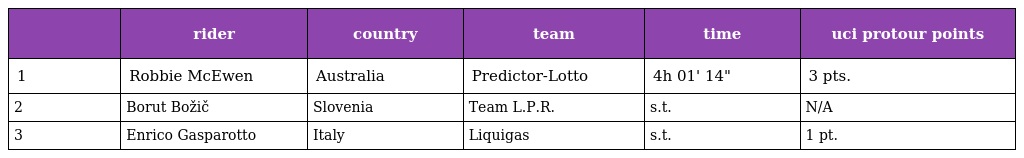
|  | rider | country | team | time | uci protour points |
 | --- | --- | --- | --- | --- | --- |
 | 1 | Robbie McEwen | Australia | Predictor-Lotto | 4h 01' 14" | 3 pts. |
 | 2 | Borut Božič | Slovenia | Team L.P.R. | s.t. | N/A |
 | 3 | Enrico Gasparotto | Italy | Liquigas | s.t. | 1 pt. |